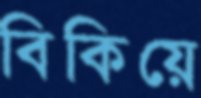
বিকিয়ে